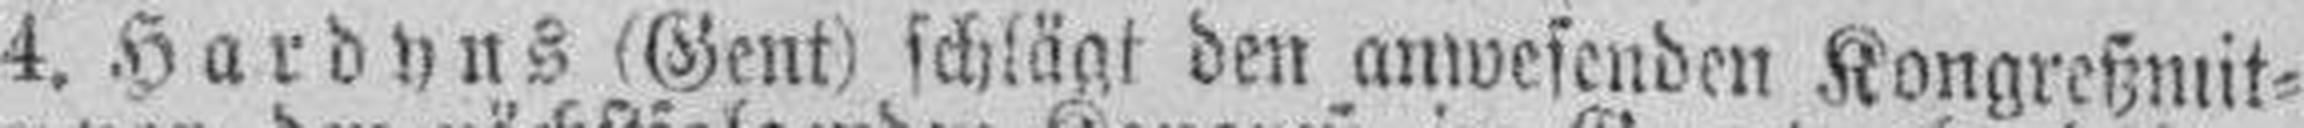
4. Hardyns (Gent) schlägt den anwesenden Kongreßmit¬